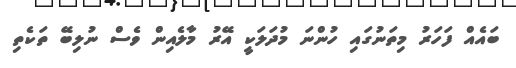
ބައެއް ފަހަރު މިތަނުގައި ހުންނަ މުދަލަކީ އޭރު މާލެއިން ވެސް ނުލިބޭ ތަކެތި